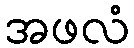
အဖလံ